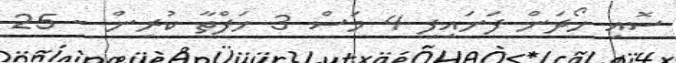
ސޮއި ހޯދަން ފަށައިފި 4 މަސް 3 ހަފްތާ ކުރިން - 25